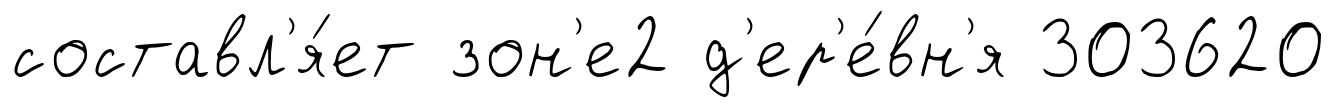
составл'я́ет зон'е2 д'ер'е́вн'я 303620